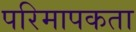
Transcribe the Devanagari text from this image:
परिमापकता